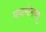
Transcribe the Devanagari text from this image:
माउन्टेनव्यू